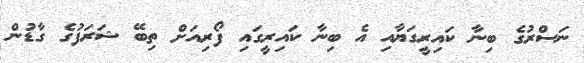
ނަސްރުގެ ބިނާ ކައިރީގަޔާއި އެ ބިނާ ކައިރީގައި ފޯރިއަށް ތިބޭ ޝަރަފުގެ ގާޑުން